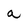
Character: a